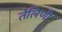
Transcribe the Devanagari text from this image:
तेलिणी